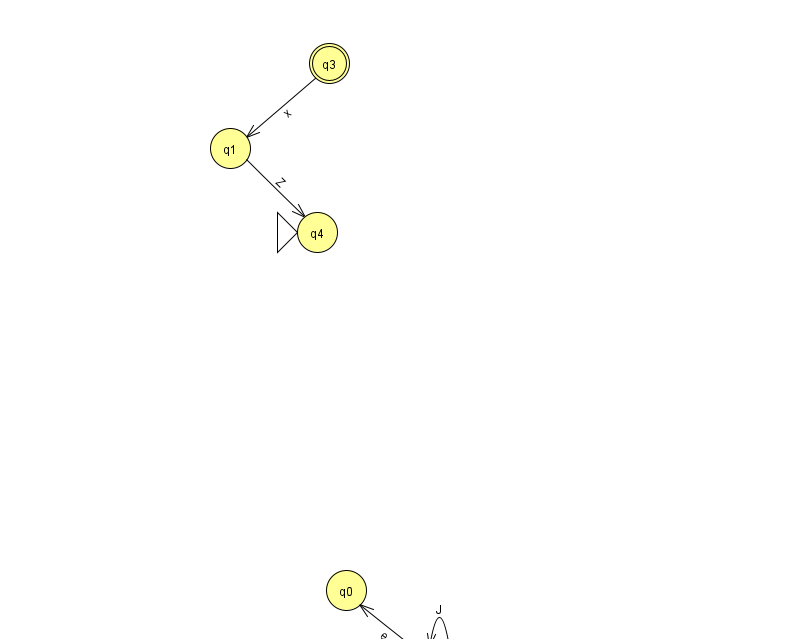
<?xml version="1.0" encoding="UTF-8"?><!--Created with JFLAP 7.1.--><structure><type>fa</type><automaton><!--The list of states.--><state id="0" name="q0"><x>346.0</x><y>577.0</y></state><state id="1" name="q1"><x>230.0</x><y>135.0</y></state><state id="2" name="q2"><x>439.0</x><y>651.0</y></state><state id="3" name="q3"><x>329.0</x><y>50.0</y><final/></state><state id="4" name="q4"><x>317.0</x><y>219.0</y><initial/></state><!--The list of transitions.--><transition><from>3</from><to>1</to><read>x</read></transition><transition><from>2</from><to>2</to><read>J</read></transition><transition><from>2</from><to>0</to><read>e</read></transition><transition><from>1</from><to>4</to><read>Z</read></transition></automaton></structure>